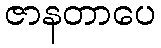
ဇာနတာပေ